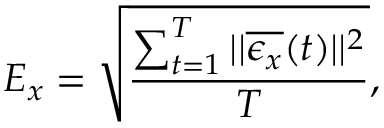
E _ { x } = \sqrt { \frac { \sum _ { t = 1 } ^ { T } | | \overline { { \epsilon _ { x } } } ( t ) | | ^ { 2 } } { T } } ,